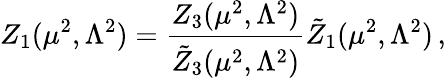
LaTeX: Z_{1}(\mu^{2},\Lambda^{2})=\frac{Z_{3}(\mu^{2},\Lambda^{2})}{\tilde{Z}_{3}(\mu^{2},\Lambda^{2})}\tilde{Z}_{1}(\mu^{2},\Lambda^{2})\, ,